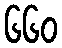
၆၆၀